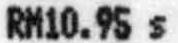
RM10.95 S